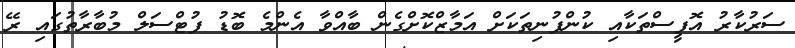
ސަރުކާރު އޮފީސްތަކާއި ކުންފުނިތަކަށް އަމާޒްކޮށްގެން ބާއްވާ އެންމެ ބޮޑު ފުޓްސަލް މުބާރާތުގައި ރޭ